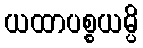
ယထာပစ္စယမ္ပိ